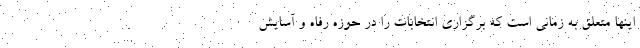
اینها متعلق به زمانی است که برگزاری انتخابات را در حوزه رفاه و آسایش